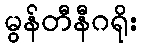
မွန်တီနီဂရိုး